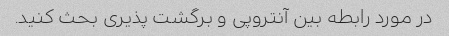
در مورد رابطه بین آنتروپی و برگشت پذیری بحث کنید.